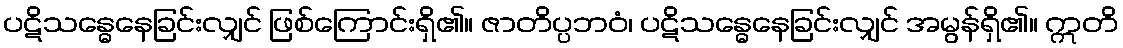
ပဋိသန္ဓေနေခြင်းလျှင် ဖြစ်ကြောင်းရှိ၏။ ဇာတိပ္ပဘဝံ၊ ပဋိသန္ဓေနေခြင်းလျှင် အမွန်ရှိ၏။ ဣတိ